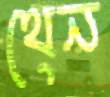
থেন